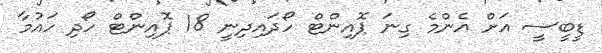
ޑީބީސީ އަށް އެންމެ ގިނަ ޕޮއިންޓް ހޯދައިދިނީ 18 ޕޮއިންޓް ހޯދި ހައުމާ